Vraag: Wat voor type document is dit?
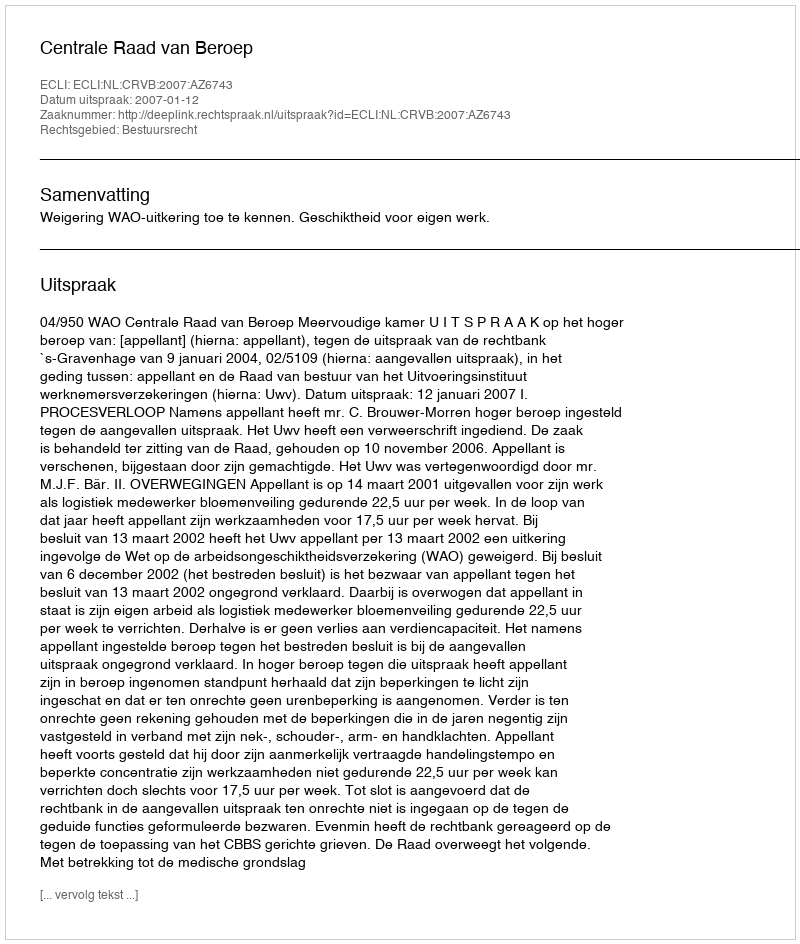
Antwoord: Uitspraak